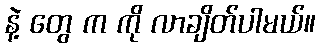
နဲ့ တွေ က ကို လာချိတ်ပါမယ်။